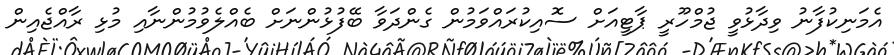
އެމަނިކުފާނު ވިދާޅުވީ ޖުމްހޫރީ ޕާޓީއަށް ސޮއިކުރައްވަމުން ގެންދަވާ ބޭފުޅުންނަށް ބެއްލެވުމުންނާއި މުޅި ރާއްޖެއިން